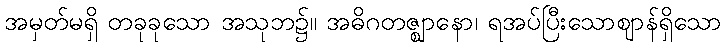
အမှတ်မရှိ တခုခုသော အသုဘ၌။ အဓိဂတဇ္ဈာနော၊ ရအပ်ပြီးသောဈာန်ရှိသော